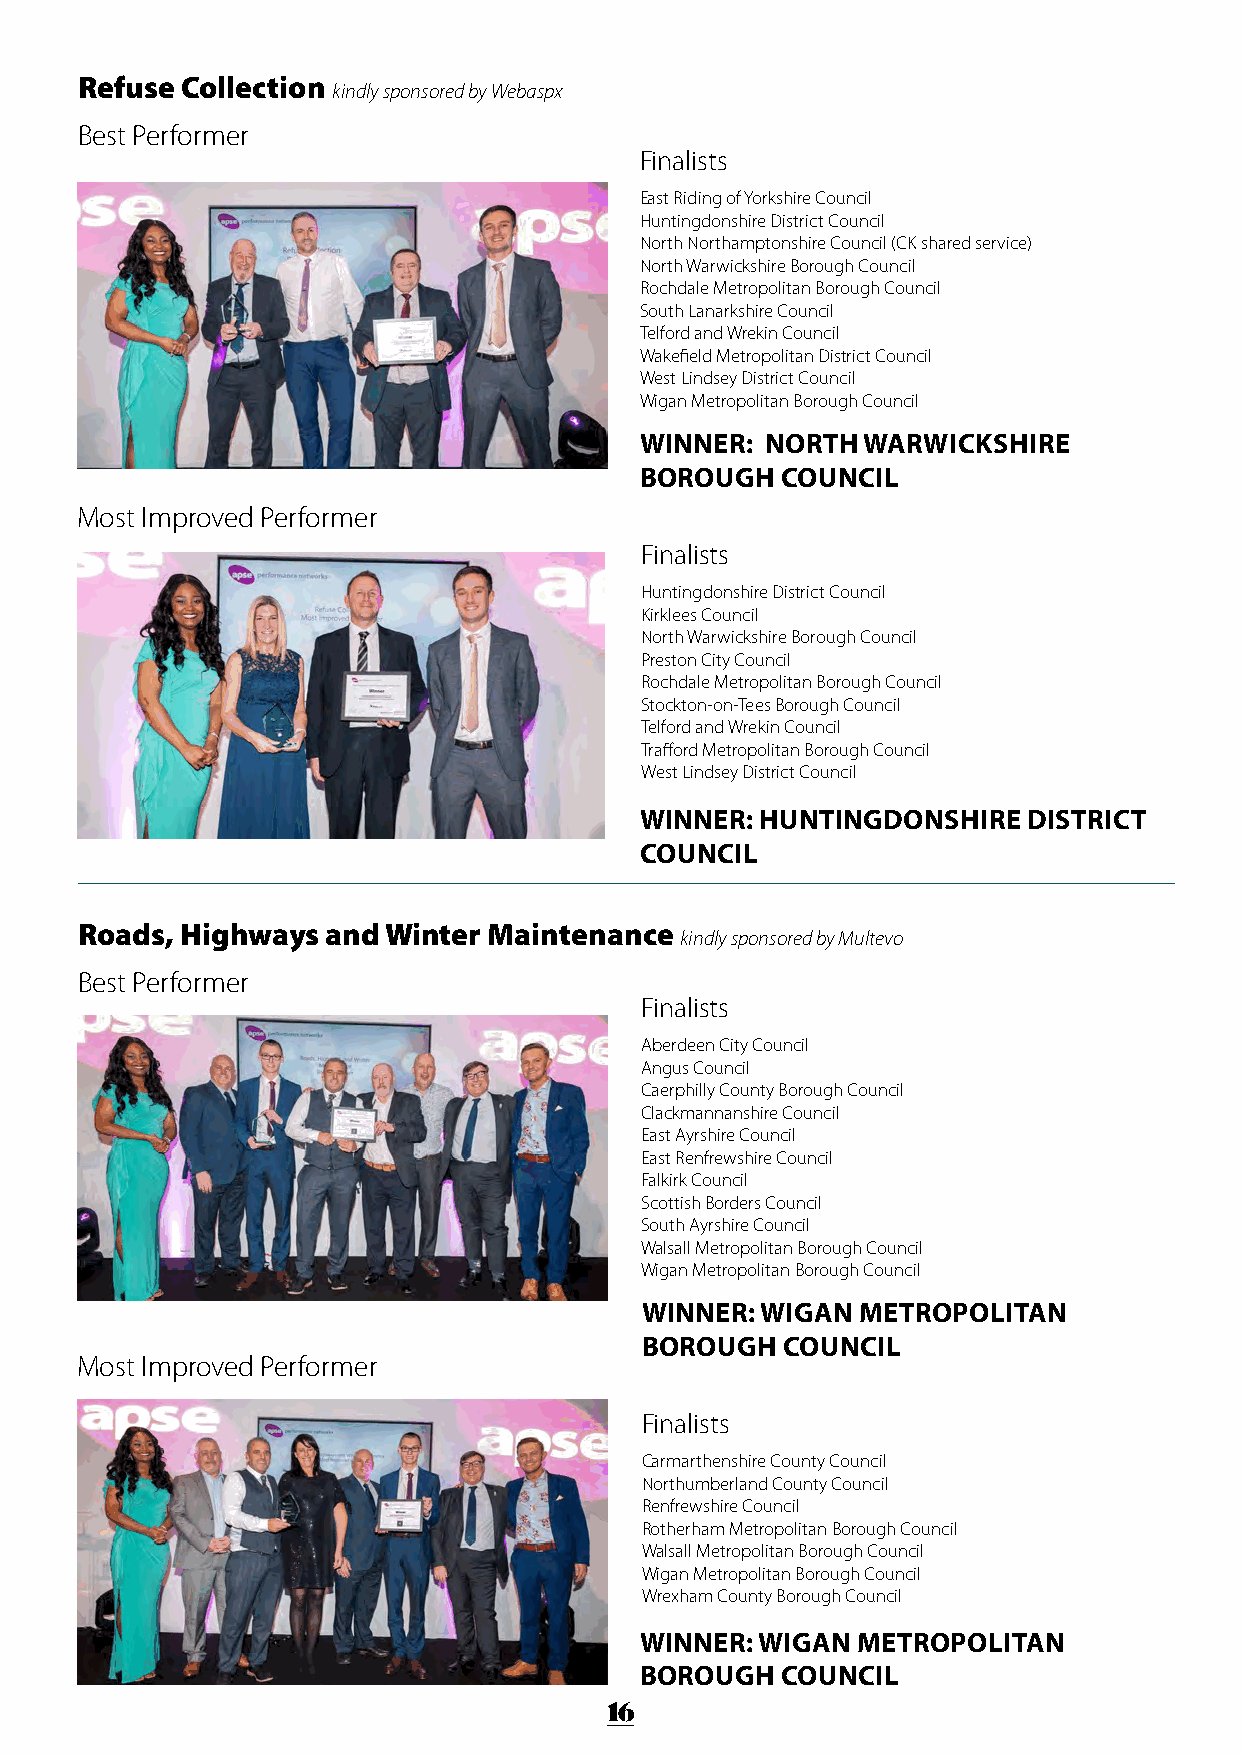
Refuse Collection
 kindly sponsored by Webaspx
 Best Performer
 Finalists
 East Riding of Yorkshire Council
 Huntingdonshire District Council
 North Northamptonshire Council (CK shared service)
 North Warwickshire Borough Council
 Rochdale Metropolitan Borough Council
 South Lanarkshire Council
 Telford and Wrekin Council
 Wakefield Metropolitan District Council
 West Lindsey District Council
 Wigan Metropolitan Borough Council
 WINNER:  NORTH WARWICKSHIRE
 BOROUGH   COUNCIL
 Most Improved Performer
 Finalists
 Huntingdonshire District Council
 Kirklees Council
 North Warwickshire Borough Council
 Preston City Council
 Rochdale Metropolitan Borough Council
 Stockton-on-Tees Borough Council
 Telford and Wrekin Council
 Trafford Metropolitan Borough Council
 West Lindsey District Council
 WINNER: HUNTINGDONSHIRE   DISTRICT
 COUNCIL
 Roads, Highways  and Winter Maintenance
 kindly sponsored by Multevo
 Best Performer
 Finalists
 Aberdeen City Council
 Angus Council
 Caerphilly County Borough Council
 Clackmannanshire Council
 East Ayrshire Council
 East Renfrewshire Council
 Falkirk Council
 Scottish Borders Council
 South Ayrshire Council
 Walsall Metropolitan Borough Council
 Wigan Metropolitan Borough Council
 WINNER: WIGAN  METROPOLITAN
 BOROUGH   COUNCIL
 Most Improved Performer
 Finalists
 Carmarthenshire County Council
 Northumberland County Council
 Renfrewshire Council
 Rotherham Metropolitan Borough Council
 Walsall Metropolitan Borough Council
 Wigan Metropolitan Borough Council
 Wrexham County Borough Council
 WINNER: WIGAN  METROPOLITAN
 BOROUGH   COUNCIL
 16